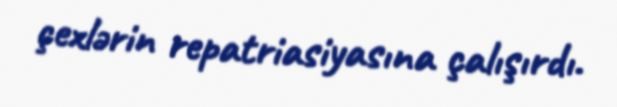
çexlərin repatriasiyasına çalışırdı.